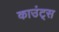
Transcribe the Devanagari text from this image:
काउंट्स